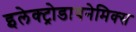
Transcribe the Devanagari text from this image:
इलेक्ट्रोडायनेमिक्स